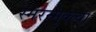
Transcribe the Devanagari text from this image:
स्मरन्मुक्त्वा